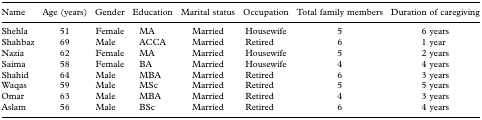
<table><thead><tr><td><b>Name</b></td><td><b>Age (years)</b></td><td><b>Gender</b></td><td><b>Education</b></td><td><b>Marital status</b></td><td><b>Occupation</b></td><td><b>Total family members</b></td><td><b>Duration of caregiving</b></td></tr></thead><tbody><tr><td>Shehla</td><td>51</td><td>Female</td><td>MA</td><td>Married</td><td>Housewife</td><td>5</td><td>6 years</td></tr><tr><td>Shahbaz</td><td>69</td><td>Male</td><td>ACCA</td><td>Married</td><td>Retired</td><td>6</td><td>1 year</td></tr><tr><td>Nazia</td><td>62</td><td>Female</td><td>MA</td><td>Married</td><td>Housewife</td><td>5</td><td>2 years</td></tr><tr><td>Saima</td><td>58</td><td>Female</td><td>BA</td><td>Married</td><td>Housewife</td><td>4</td><td>4 years</td></tr><tr><td>Shahid</td><td>64</td><td>Male</td><td>MBA</td><td>Married</td><td>Retired</td><td>6</td><td>3 years</td></tr><tr><td>Waqas</td><td>59</td><td>Male</td><td>MSc</td><td>Married</td><td>Retired</td><td>5</td><td>5 years</td></tr><tr><td>Omar</td><td>63</td><td>Male</td><td>MBA</td><td>Married</td><td>Retired</td><td>4</td><td>3 years</td></tr><tr><td>Aslam</td><td>56</td><td>Male</td><td>BSc</td><td>Married</td><td>Retired</td><td>6</td><td>4 years</td></tr></tbody></table>